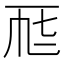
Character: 𠀣